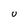
Character: U